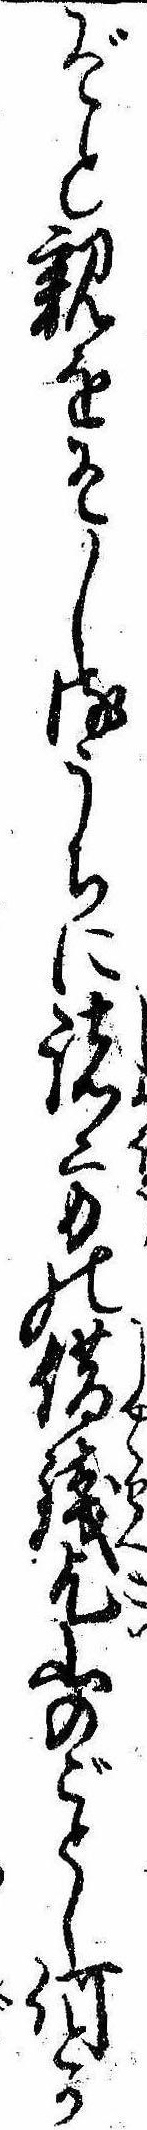
ぞと親をそしるうちに諸方の借銭乞山のごとし何とか